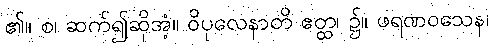
၏။ စ၊ ဆက်၍ဆိုအံ့။ ဝိပုလေနာတိ ဧတ္ထ၊ ၌။ ဖရဏဝသေန၊